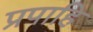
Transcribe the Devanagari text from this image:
प्रपाहि